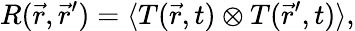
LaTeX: R(\vec{r},\vec{r}^{\prime})=\langle T(\vec{r},t)\otimes T(\vec{r}^{\prime},t)\rangle,